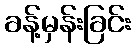
ခန့်မှန်းခြင်း